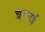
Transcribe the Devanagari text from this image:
बमनई